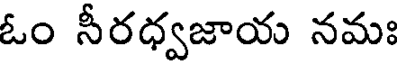
ఓం సీరధ్వజాయ నమః